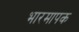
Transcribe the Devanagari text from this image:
भारमापक